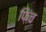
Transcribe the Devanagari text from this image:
फ़िंच